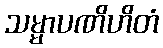
သမ္မာပဏိဟိတံ